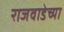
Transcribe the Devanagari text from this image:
राजवाडेच्या